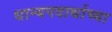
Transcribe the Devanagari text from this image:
धान्यपदार्थाच्या